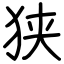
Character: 狭